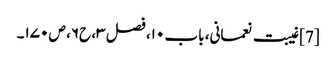
[7] غیبت نعمانی، باب ۱۰، فصل ۳، ح۶، ص ۱۷۰۔